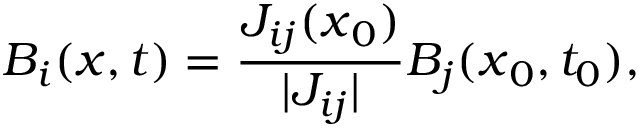
B _ { i } ( \boldsymbol { x } , t ) = \frac { J _ { i j } ( \boldsymbol { x } _ { 0 } ) } { | J _ { i j } | } B _ { j } ( \boldsymbol { x } _ { 0 } , t _ { 0 } ) ,